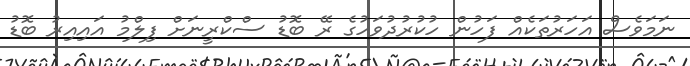
ނަމަވެސް އަހަރުތަކެއް ފަހުން ހުކުރުދުވަހުގެ ރޭ ބޮޑު ސްކްރީނަށް ފިލްމު އައިއިރު ބޮޑު